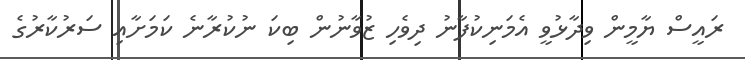
ރައީސް ޔާމީން ވިދާޅުވީ އެމަނިކުފާނު ދިވެހި ޒުވާނުން ބިކަ ނުކުރާނެ ކަމަށާއި ސަރުކާރުގެ